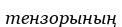
тензорының